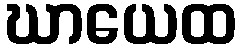
ဃာယေထ